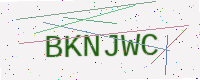
Text: BKNJWC